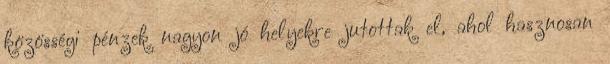
közösségi pénzek nagyon jó helyekre jutottak el, ahol hasznosan